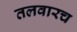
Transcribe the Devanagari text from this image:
तलवारच